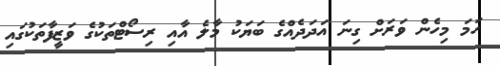
ހަމަ މިހެން ވަރަށް ގިނަ އަދަދެއްގެ ބަޔަކު މާލެ އާއި ރިސޯޓްތަކުގެ ވަޒީފާތަކުގައި